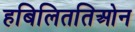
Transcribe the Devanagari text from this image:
हबिलिततिओन